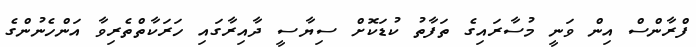
ފްރާންސް އިން ވަނީ މުސާރައިގެ ތަފާތު ކުޑަކޮށް ސިޔާސީ ދާއިރާގައި ހަރަކާތްތެރިވާ އަންހެނުންގެ